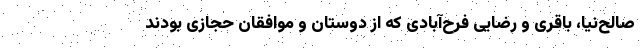
صالح‌نیا، باقری و رضایی فرح‌آبادی که از دوستان و موافقان حجازی بودند